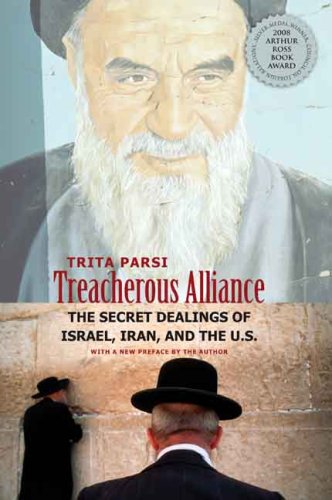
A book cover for Treacherous Alliance: The Secret Dealings of Israel, Iran, and the United States; Trita Parsi; History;